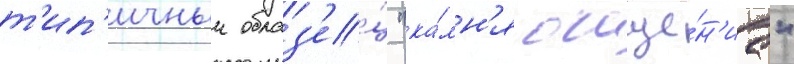
т'ип'ичныи образ'е́ц "ка́мн'я очище́н'иа"